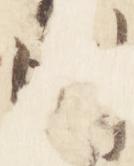
則